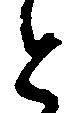
と